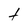
Character: t